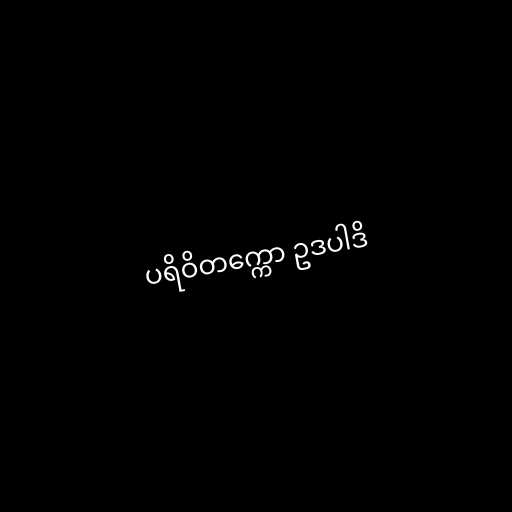
ပရိဝိတက္ကော ဥဒပါဒိ